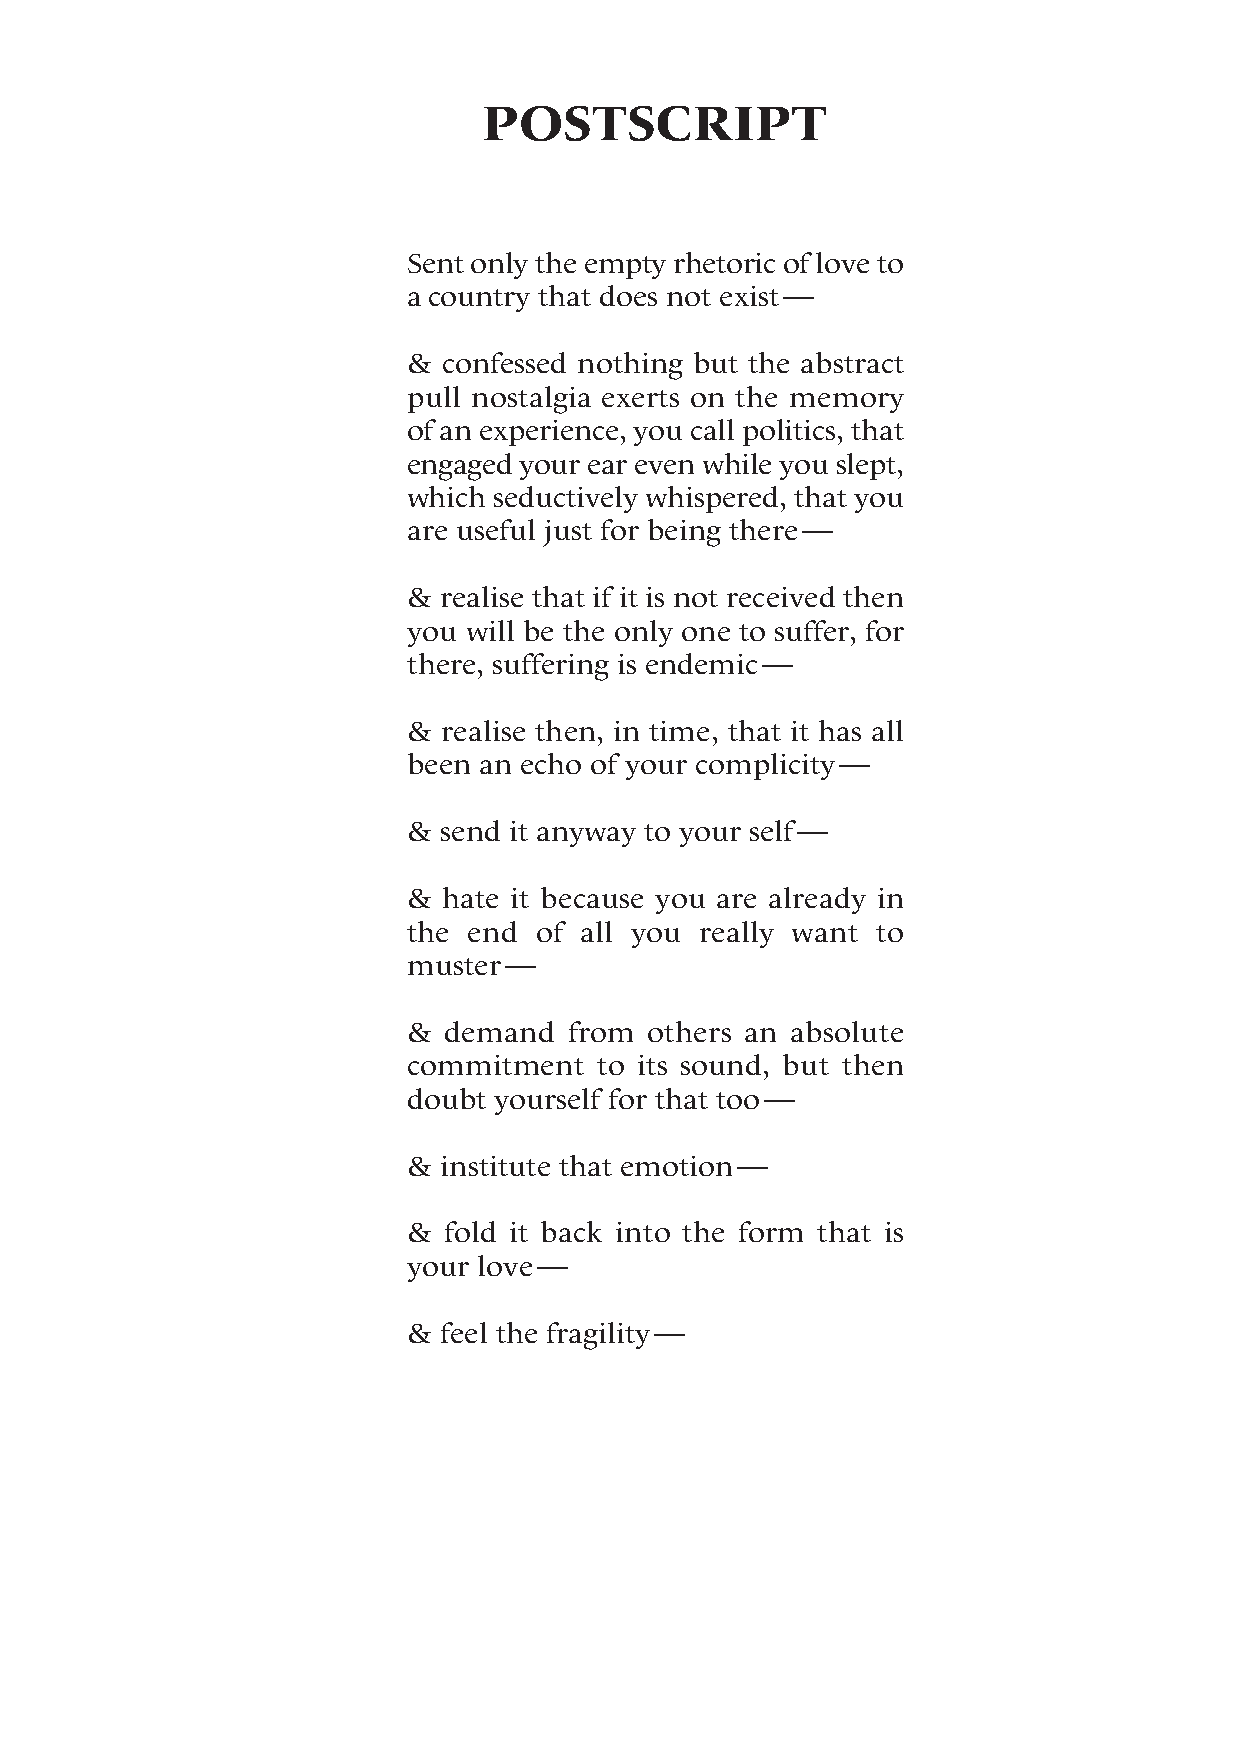
POSTSCRIPT
 Sent only the empty rhetoric of love to
 a country that does not exist —
 & confessed nothing but the abstract
 pull nostalgia exerts on the memory
 of an experience, you call politics, that
 engaged your ear even while you slept,
 which seductively whispered, that you
 are useful just for being there —
 & realise that if it is not received then
 you will be the only one to suffer, for
 there, suffering is endemic —
 & realise then, in time, that it has all
 been an echo of your complicity —
 & send it anyway to your self —
 & hate it because you are already in
 the end  of all you really want to
 muster —
 &  demand  from others an absolute
 commitment   to its sound, but then
 doubt yourself for that too —
 & institute that emotion —
 & fold it back into the form that is
 your love —
 & feel the fragility —
 99